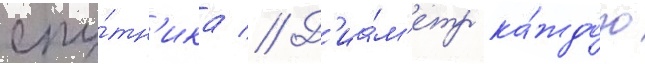
спу́тн'ика // Д'иа́м'етр ка́ждого